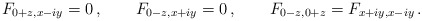
\begin{align*} F_{0+z,x-i y} = 0 \,, \qquad F_{0-z,x+i y} = 0 \,, \qquad F_{0-z,0+z} = F_{x+i y,x-i y} \,.\end{align*}